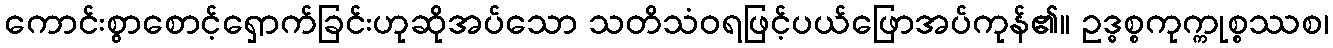
ကောင်းစွာစောင့်ရှောက်ခြင်းဟုဆိုအပ်သော သတိသံဝရဖြင့်ပယ်ဖြောအပ်ကုန်၏။ ဥဒ္ဓစ္စကုက္ကုစ္စဿစ၊